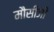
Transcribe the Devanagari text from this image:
मौसीजी